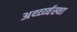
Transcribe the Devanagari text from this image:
अर्थ्व्य्वस्था